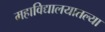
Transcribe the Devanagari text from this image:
महाविद्यालयातल्या